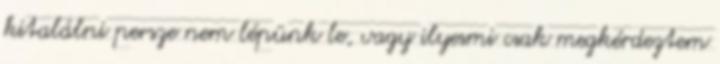
kitalálni persze nem lépünk le, vagy ilyesmi csak megkérdeztem